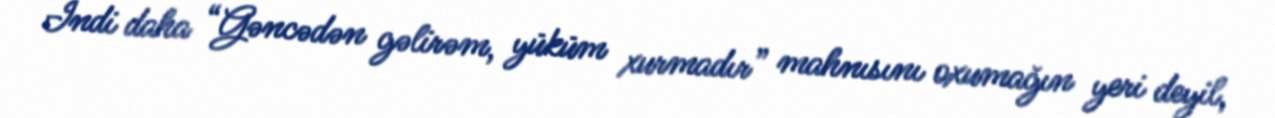
İndi daha “Gəncədən gəlirəm, yüküm xurmadır” mahnısını oxumağın yeri deyil,